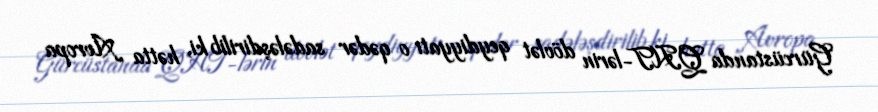
Gürcüstanda QHT-lərin dövlət qeydiyyatı o qədər sadələşdirilib ki, hətta Avropa